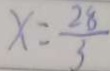
x = \frac { 2 8 } { 3 }